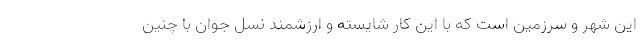
این شهر و سرزمین است که با این کار شایسته و ارزشمند نسل جوان با چنین